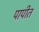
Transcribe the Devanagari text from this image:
पापीत